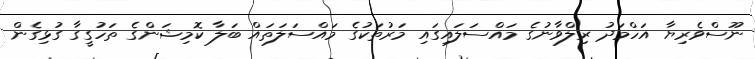
ނޫސްވެރިޔާ އަހްމަދު ރިލްވާނުގެ މައްސަލައިގައި މަރުތަކުގެ މައްސަލަތައް ބަލާ ކޮމިޝަންގެ ތަހުގީގާ ގުޅިގެން